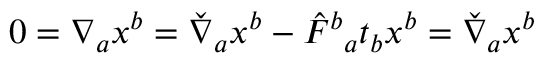
0 = \nabla _ { a } x ^ { b } = \check { \nabla } _ { a } x ^ { b } - \hat { F } { } ^ { b } { } _ { a } t _ { b } x ^ { b } = \check { \nabla } _ { a } x ^ { b }